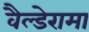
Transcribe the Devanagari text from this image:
वैल्डेरामा